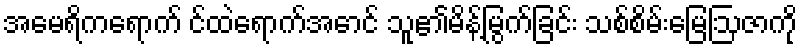
အမေရိကရောက် င်ထဲရောက်အောင် သူ၏မိန့်မြွက်ခြင်း သစ်စိမ်းမြေဩဇာကို